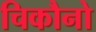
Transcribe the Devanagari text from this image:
चिकौनो